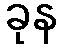
ခုန